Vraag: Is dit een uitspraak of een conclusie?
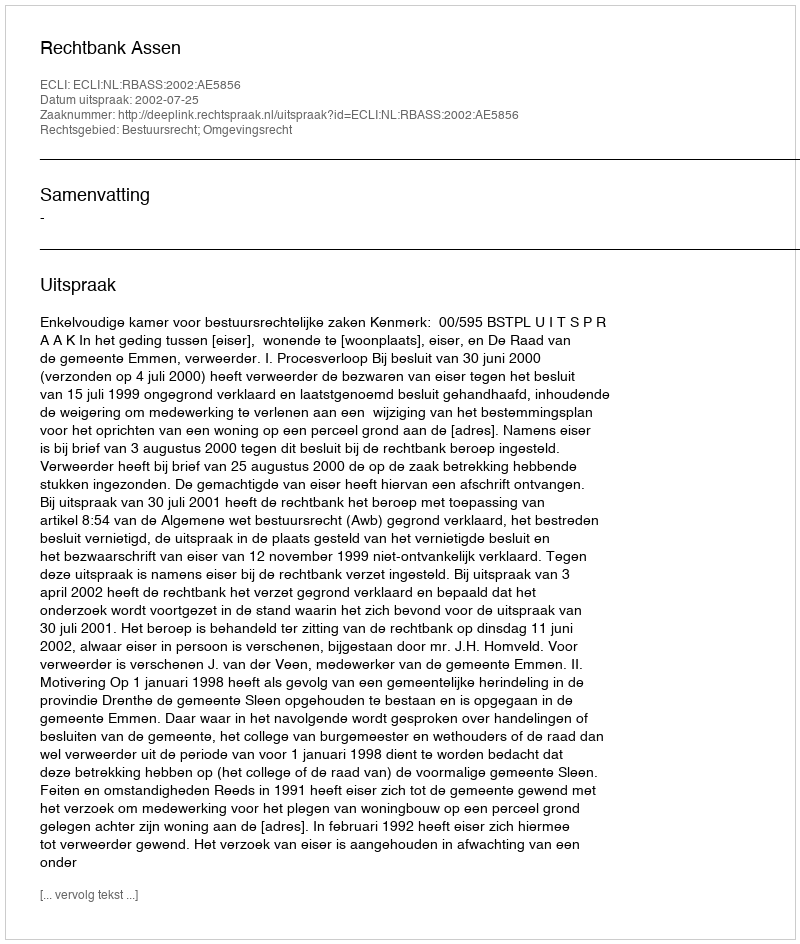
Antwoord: Uitspraak